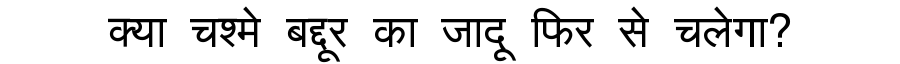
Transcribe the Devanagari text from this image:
क्या चश्मे बद्दूर का जादू फिर से चलेगा?